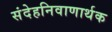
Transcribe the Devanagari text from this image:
संदेहनिवाणार्थक